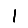
Digit: 1